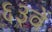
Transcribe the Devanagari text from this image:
६३वें